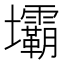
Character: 壩